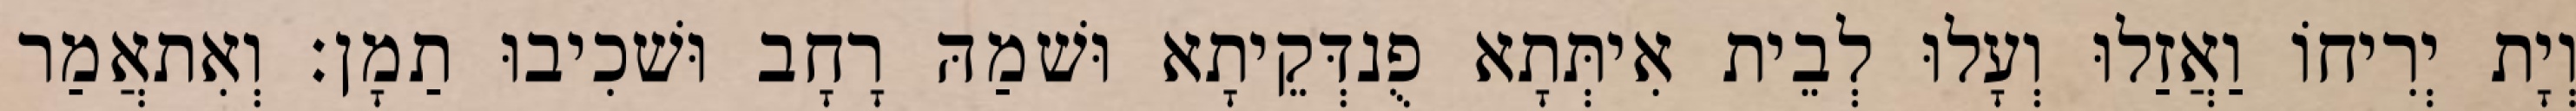
וְיָת יְרִיחוֹ וַאֲזַלוּ וְעָלוּ לְבֵית אִיתְּתָא פֻנדְּקֵיתָא וּשׁמַהּ רָחָב וּשׁכִיבוּ תַמָן׃ וְאִתאֲמַר